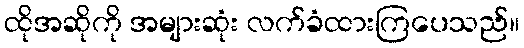
ထိုအဆိုကို အများဆုံး လက်ခံထားကြပေသည်။